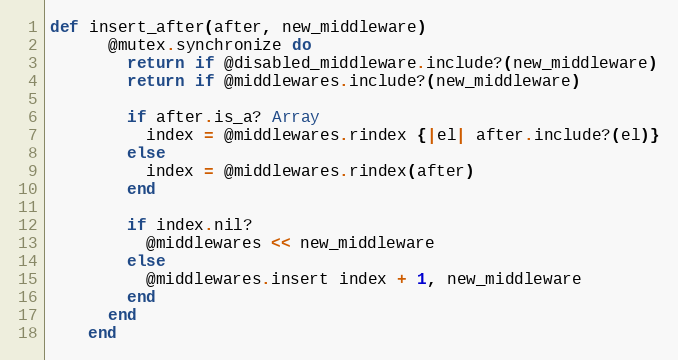
Language: Ruby
def insert_after(after, new_middleware)
      @mutex.synchronize do
        return if @disabled_middleware.include?(new_middleware)
        return if @middlewares.include?(new_middleware)

        if after.is_a? Array
          index = @middlewares.rindex {|el| after.include?(el)}
        else
          index = @middlewares.rindex(after)
        end

        if index.nil?
          @middlewares << new_middleware
        else
          @middlewares.insert index + 1, new_middleware
        end
      end
    end